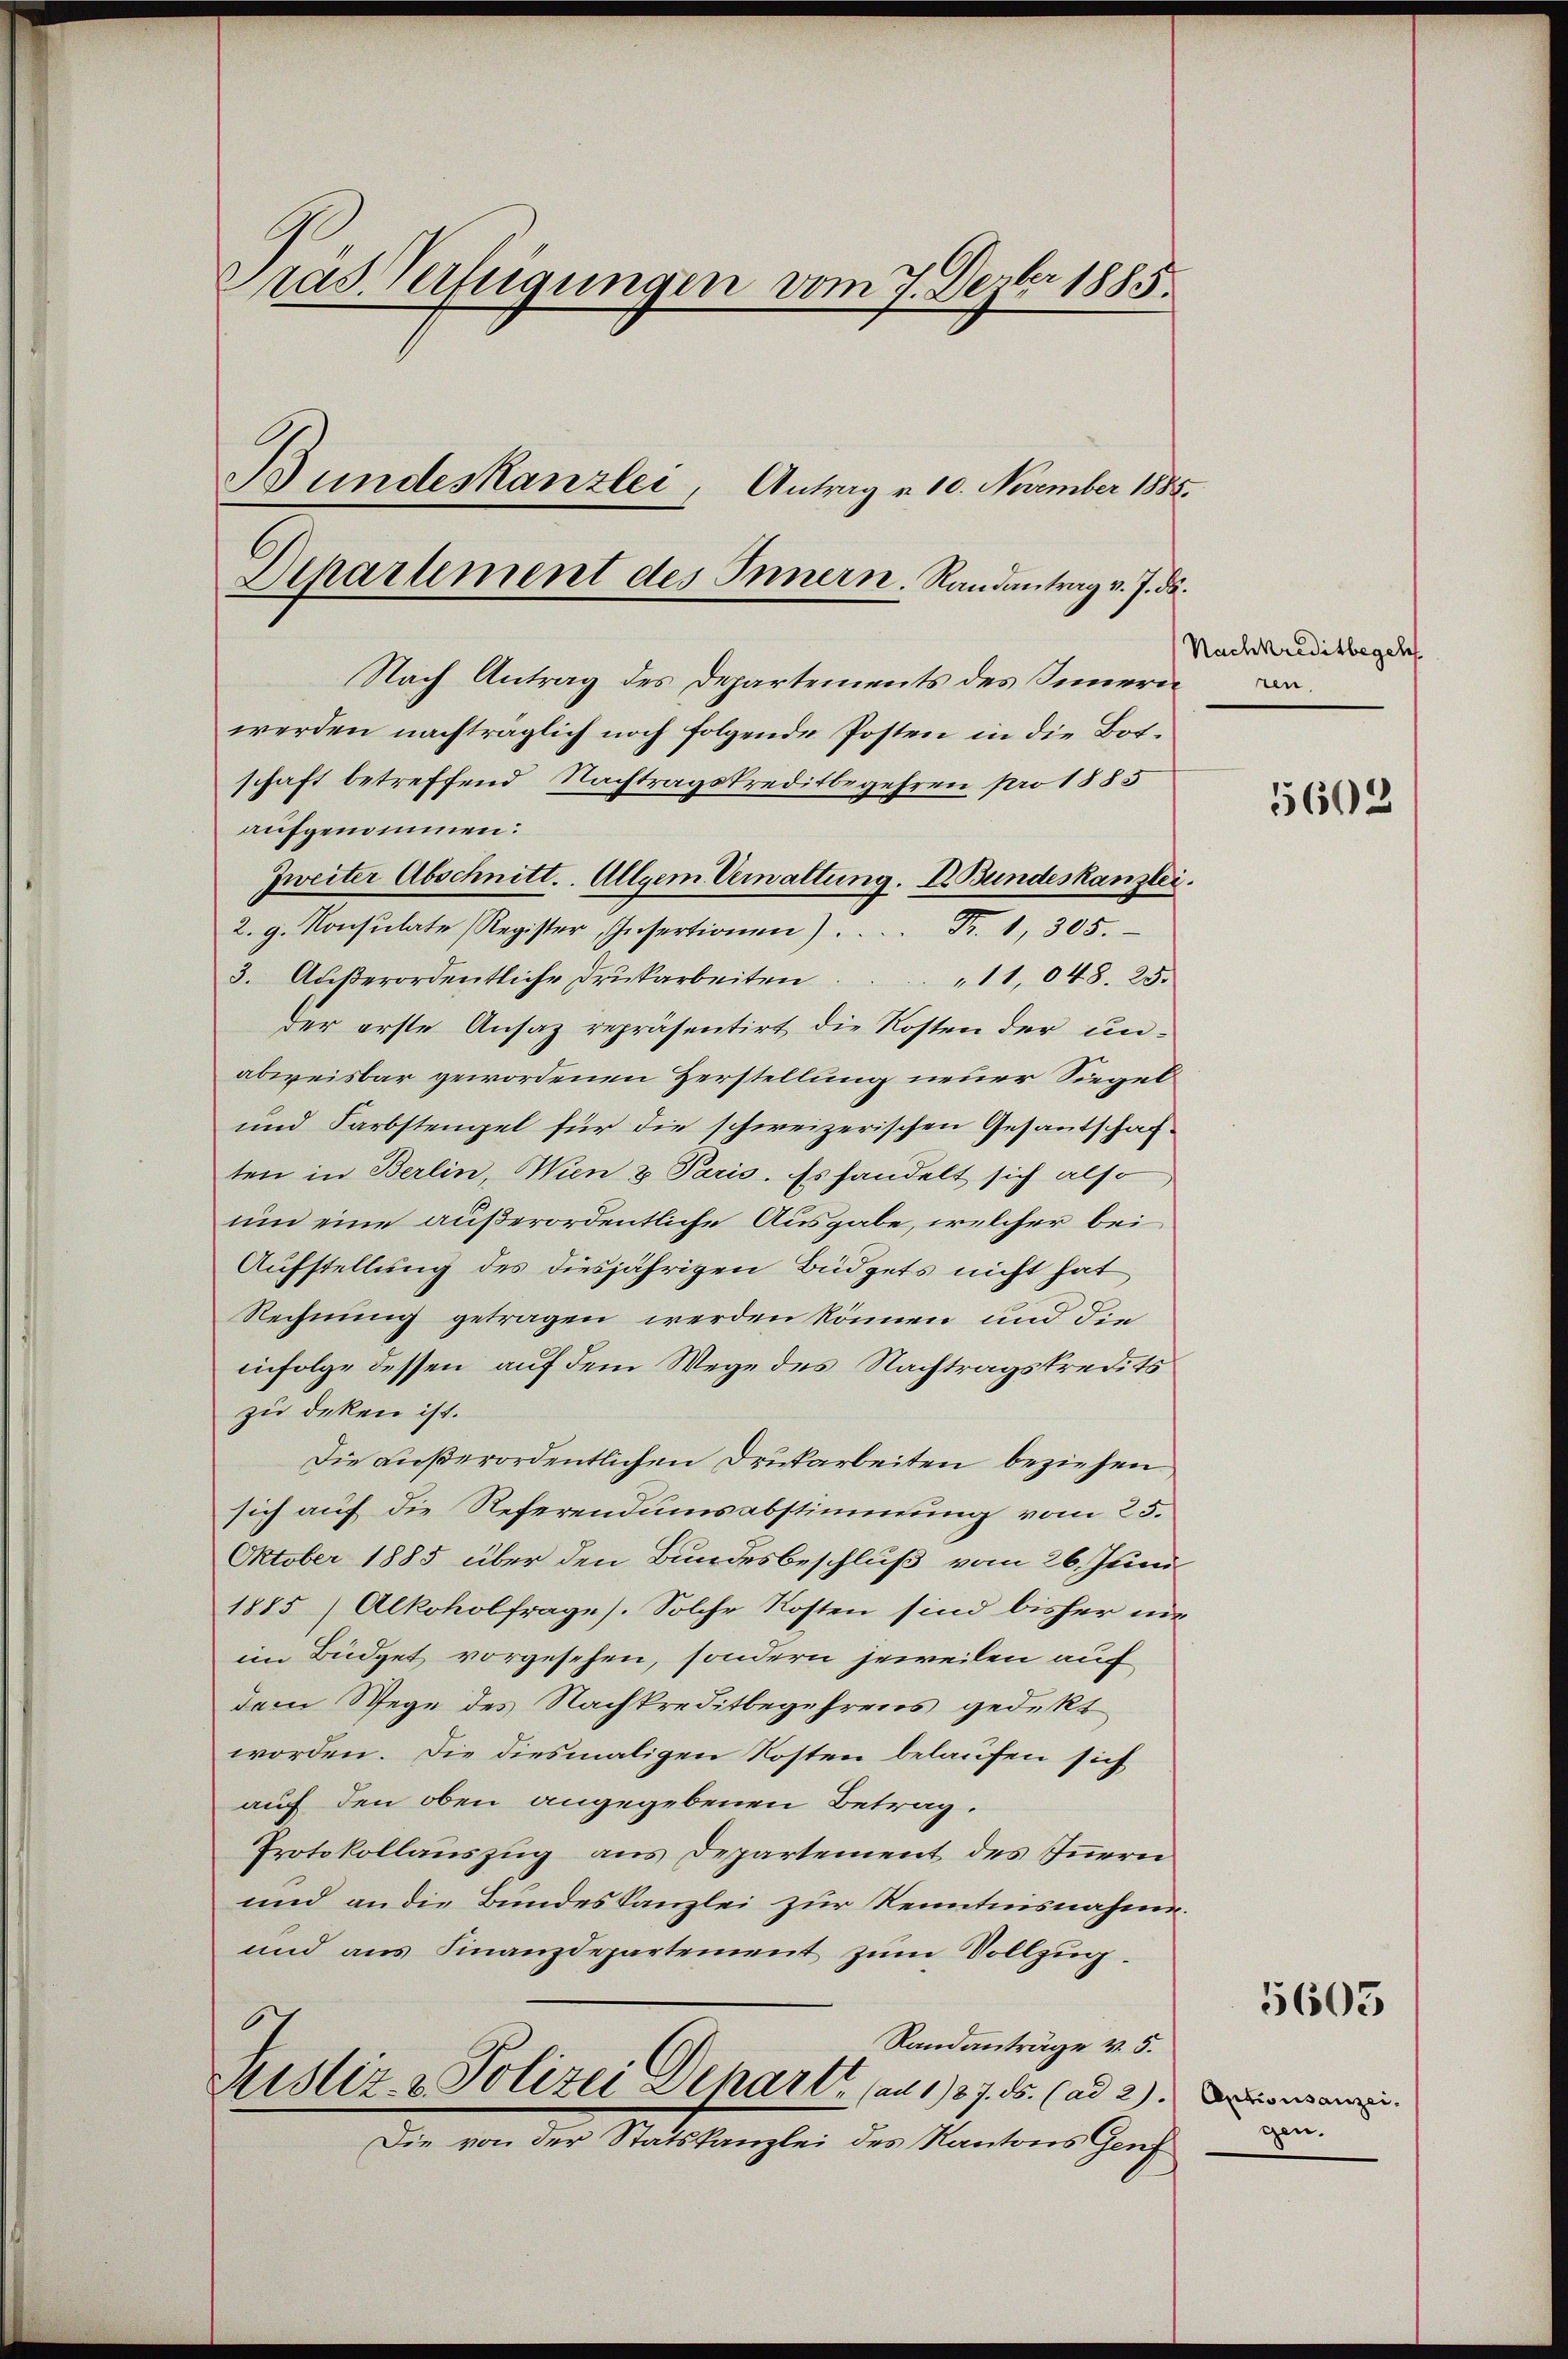
Pras Verfügungen vom 7. Dezbr 1885.
Bundeskanzlei, Antrag v. 10. November 1885.
Dipartement des Innern. Randantrag v. J. ds.

Nach Antrag des Departements des Innern
werden nachträglich noch folgende Posten in die Botschaft betreffend Nachtragskreditbegehren pro 1885
aufgenommen:
2. g. Konsulate Register, Insertionen). Fr. 1, 305.
3. Außerordentliche Drukarbeiten 11,048. 25.
Der erste Ansaz repräsentirt die Kosten der unabweisbar gewordenen Zerstellung neuer Siegel¬
und Farbstengel für die schweizerischen Gesantschaften in Berlin, Wien & Paris. Es handelt sich also
um eine außerordentliche Ausgabe, welcher bei
Aufstellung des diesjährigen Büdgets nicht hat
Rechnung getragen werden können und die
infolge dessen auf dem Wege des Nachtragskredits
zu deken ist.
Die außerordentlichen Drukarbeiten beziehen
sich auf die Referendumsabstimmung vom 25.
Oktober 1885 über den Bundesbeschluß vom 26. Juni
1885 (Alkoholfrages. Solche Kosten sind bisher unim Büdget vorgesehen, sondern jeweilen auf
dem Wege des Nachkreditbegehrens gedekt
worden. Die diesmaligen Kosten belaufen sich
auf den oben angegebenen Betrag.
Protokollauszug aus Departement des Innern
und an die Bundes Kanzlei zur Kenntnisnahme.
und aus Finanzdepartement zum Vollzug.
.
Randanträge v. 5.
Mistiz- & Polizei Depart (an 1937. ds. (ad 2)
Die von der Statskanzlei des Kantons Genf

Zweiter Abschnitt. Allgem. Verwaltung. I Bundeskanzlei.

Nachkreditbegeh
ren.

5602

Aptionsanzeigen.

5605